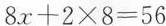
$$8 x + 2 \times 8 = 5 6$$